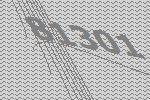
81301